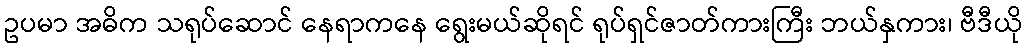
ဥပမာ အဓိက သရုပ်ဆောင် နေရာကနေ ရွေးမယ်ဆိုရင် ရုပ်ရှင်ဇာတ်ကားကြီး ဘယ်နှကား၊ ဗီဒီယို